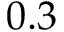
0 . 3